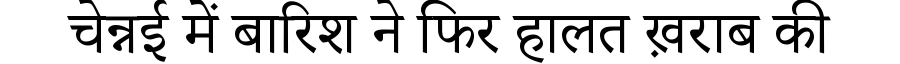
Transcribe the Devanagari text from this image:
चेन्नई में बारिश ने फिर हालत ख़राब की